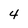
Character: 4